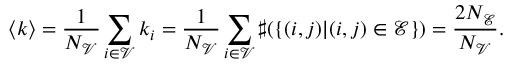
\left\langle k \right\rangle = \frac { 1 } { N _ { \mathscr { V } } } \sum _ { i \in \mathscr { V } } k _ { i } = \frac { 1 } { N _ { \mathscr { V } } } \sum _ { i \in \mathscr { V } } \sharp ( \{ ( i , j ) | ( i , j ) \in \mathscr { E } \} ) = \frac { 2 N _ { \mathscr { E } } } { N _ { \mathscr { V } } } .